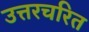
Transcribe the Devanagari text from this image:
उत्तरचरित